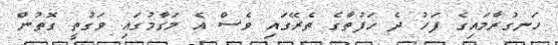
ހަނގުރާމައިގެ ފަހު ދެ ހަފުތާގެ ތެރޭގައި ވެސް އެ މަގާމުގައި ވަގުތީ ގޮތުން